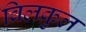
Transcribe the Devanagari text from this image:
विलकुल